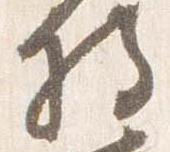
将